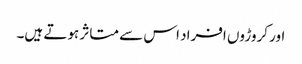
اور کروڑوں افراد اس سے متاثر ہوتے ہیں۔